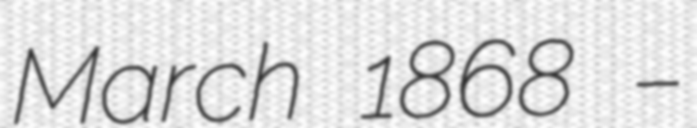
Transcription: March 1868 –